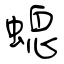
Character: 螅